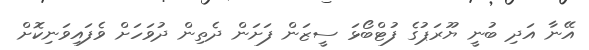
އޭނާ އަދި ބުނީ ޔޫރަޕުގެ ފުޓްބޯޅަ ސީޒަން ފަށަން ދެތިން ދުވަހަށް ވެފައިވަނިކޮށް